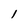
Character: 1